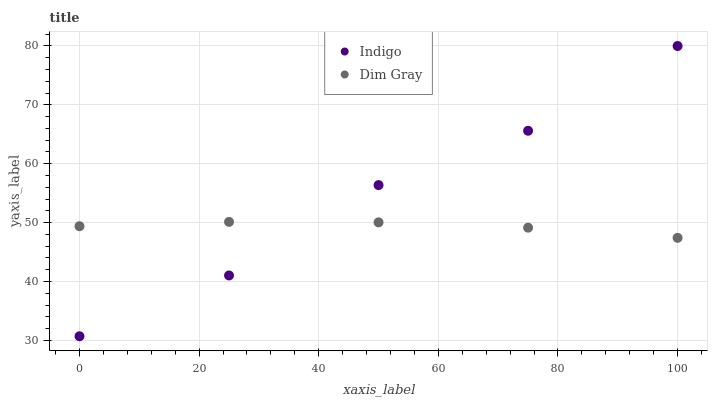
| xaxis_label | Indigo | Dim Gray |
 | --- | --- | --- |
 | 0 | 30.7 | 49.4 |
 | 25 | 41 | 50.1 |
 | 50 | 56.4 | 50 |
 | 75 | 65.6 | 49.1 |
 | 100 | 80 | 47.4 |